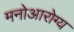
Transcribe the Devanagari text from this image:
मनोआरोग्य